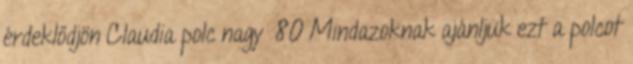
érdeklődjön Claudia polc nagy 80 Mindazoknak ajánljuk ezt a polcot